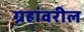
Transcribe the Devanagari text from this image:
ग्रहांवरील